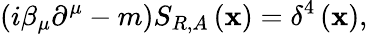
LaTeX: \left(i\beta_{\mu}\partial^{\mu}-m\right)S_{R,A}\left(\mathbf{x}\right)=\delta^{4}\left(\mathbf{x}\right),